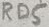
Text: RD5